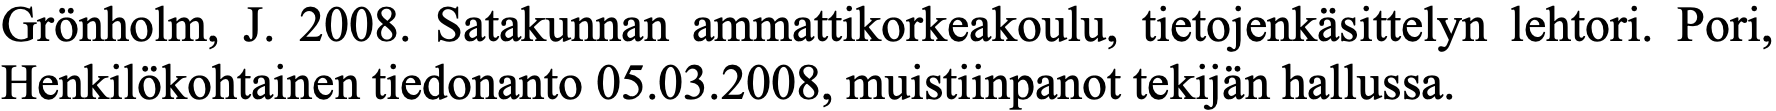
Grönholm, J. 2008. Satakunnan ammattikorkeakoulu, tietojenkäsittelyn lehtori. Pori, Henkilökohtainen tiedonanto 05.03.2008, muistiinpanot tekijän hallussa.